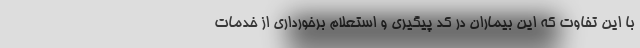
با این تفاوت که این بیماران در کد پیگیری و استعلام برخورداری از خدمات